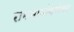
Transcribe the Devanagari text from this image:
रामभाऊंबरोबर